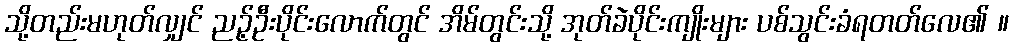
သို့တည်းမဟုတ်လျှင် ညဉ့်ဦးပိုင်းလောက်တွင် အိမ်တွင်းသို့ အုတ်ခဲပိုင်းကျိုးများ ပစ်သွင်းခံရတတ်လေ၏ ။